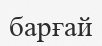
барғай